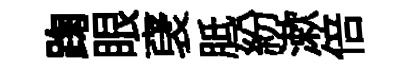
踘眼裦胝紛漱倍